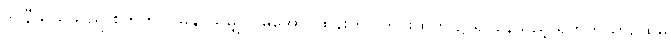
ဒင်နီယယ်သည် စိတ်ကို ငြိမ်နိုင်သမျှ ငြိမ်အောင်ထိန်းကာ ကွင်းထက် ၌ ရပ်နေသည့် ရဟတ်ယာဉ်ထဲမှ